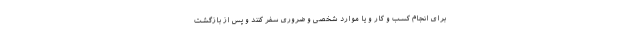
برای انجام کسب و کار و یا موارد شخصی و ضروری سفر کنند و پس از بازگشت